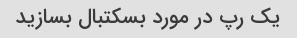
یک رپ در مورد بسکتبال بسازید